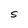
Character: S